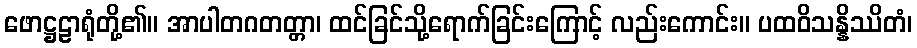
ဖောဋ္ဌဠာရုံတို့၏။ အာပါတဂတတ္တာ၊ ထင်ခြင်သို့ရောက်ခြင်းကြောင့် လည်းကောင်း။ ပထဝိသန္နိဿိတံ၊